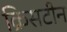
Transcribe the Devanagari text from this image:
क्रिसटीन